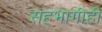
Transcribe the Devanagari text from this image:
सहभागीही